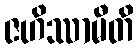
ဇဟိဿာမီတိ